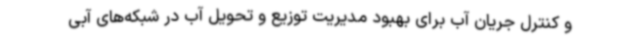
و کنترل جریان آب برای بهبود مدیریت توزیع و تحویل آب در شبکه‌های آبی